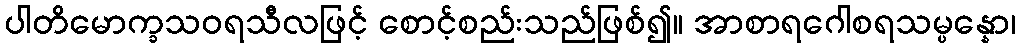
ပါတိမောက္ခသဝရသီလဖြင့် စောင့်စည်းသည်ဖြစ်၍။ အာစာရဂေါစရသမ္ပန္နော၊